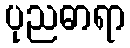
ပုညဓာရာ